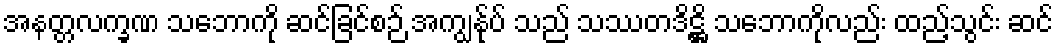
အနတ္တလက္ခဏ သဘောကို ဆင်ခြင်စဉ် အကျွန်ုပ် သည် သဿတဒိဋ္ဌိ သဘောကိုလည်း ထည့်သွင်း ဆင်